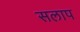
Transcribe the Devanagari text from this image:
सलाप